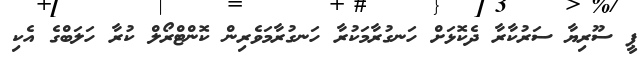
ޕީ ސޫރިޔާ ސަރުކާރާ ދެކޮޅަށް ހަނގުރާމަކުރާ ހަނގުރާމަވެރިން ކޮންޓްރޯލް ކުރާ ހަލަބްގެ އެކި